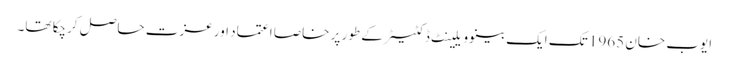
ایوب خان 1965 تک ایک بینوویلینٹ ڈکٹیٹر کے طور پر خاصا اعتماد اور عزت حاصل کرچکا تھا۔